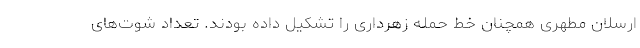
ارسلان مطهری همچنان خط حمله زهرداری را تشکیل داده بودند. تعداد شوت‌های